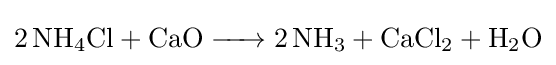
{\ce {2 NH4Cl + CaO -> 2 NH3 + CaCl2 + H2O}}